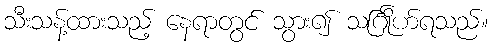
သီးသန့်ထားသည့် နေရာတွင် သွား၍ သင်္ဂြိုဟ်ရသည်။